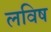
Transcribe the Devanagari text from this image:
लविष